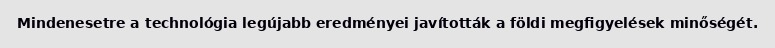
Mindenesetre a technológia legújabb eredményei javították a földi megfigyelések minőségét.